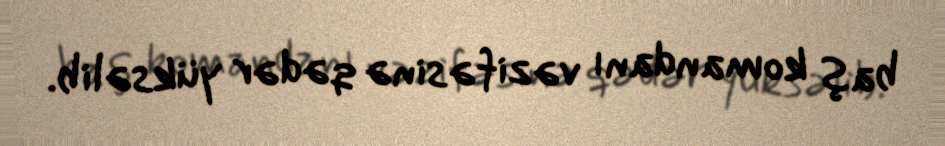
baş komandanı vəzifəsinə qədər yüksəlib.